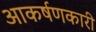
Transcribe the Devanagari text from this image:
आकर्षणकारी